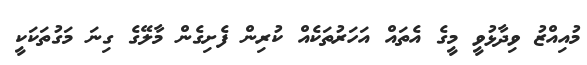
މުއިއްޒު ވިދާޅުވީ މީގެ އެތައް އަހަރުތަކެއް ކުރިން ފެށިގެން މާލޭގެ ގިނަ މަގުތަކަކީ